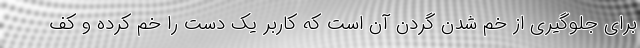
برای جلوگیری از خم شدن گردن آن است که کاربر یک دست را خم کرده و کف